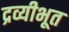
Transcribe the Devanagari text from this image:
द्रव्यीभूत